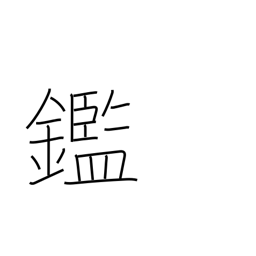
Meaning: learn from